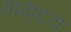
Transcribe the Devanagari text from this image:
गायदरा